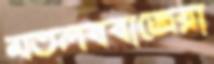
মতলববাজেরা